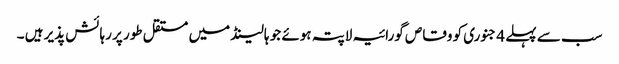
سب سے پہلے 4 جنوری کو وقاص گورائیہ لاپتہ ہوئے جو ہالینڈ میں مستقل طور پر رہائش پذیر ہیں ۔